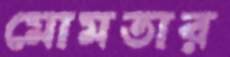
মোমতার